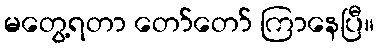
မတွေ့ရတာ တော်တော် ကြာနေပြီ။